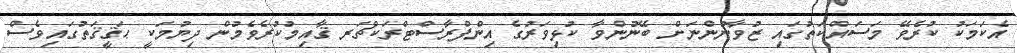
އެކަމަކު ކުރެވޭ މަސައްކަތުގައި ޒުވާނުންނަށް ބޭނުންވާ ކުޅިވަރުގެ އިންފްރާސްޓްރަކްޗަރ ޤާއިމުކުރެވެމުން ދިޔުމަކީ ޙަޤީޤަތުގައިވެސް